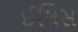
ઈલિસ